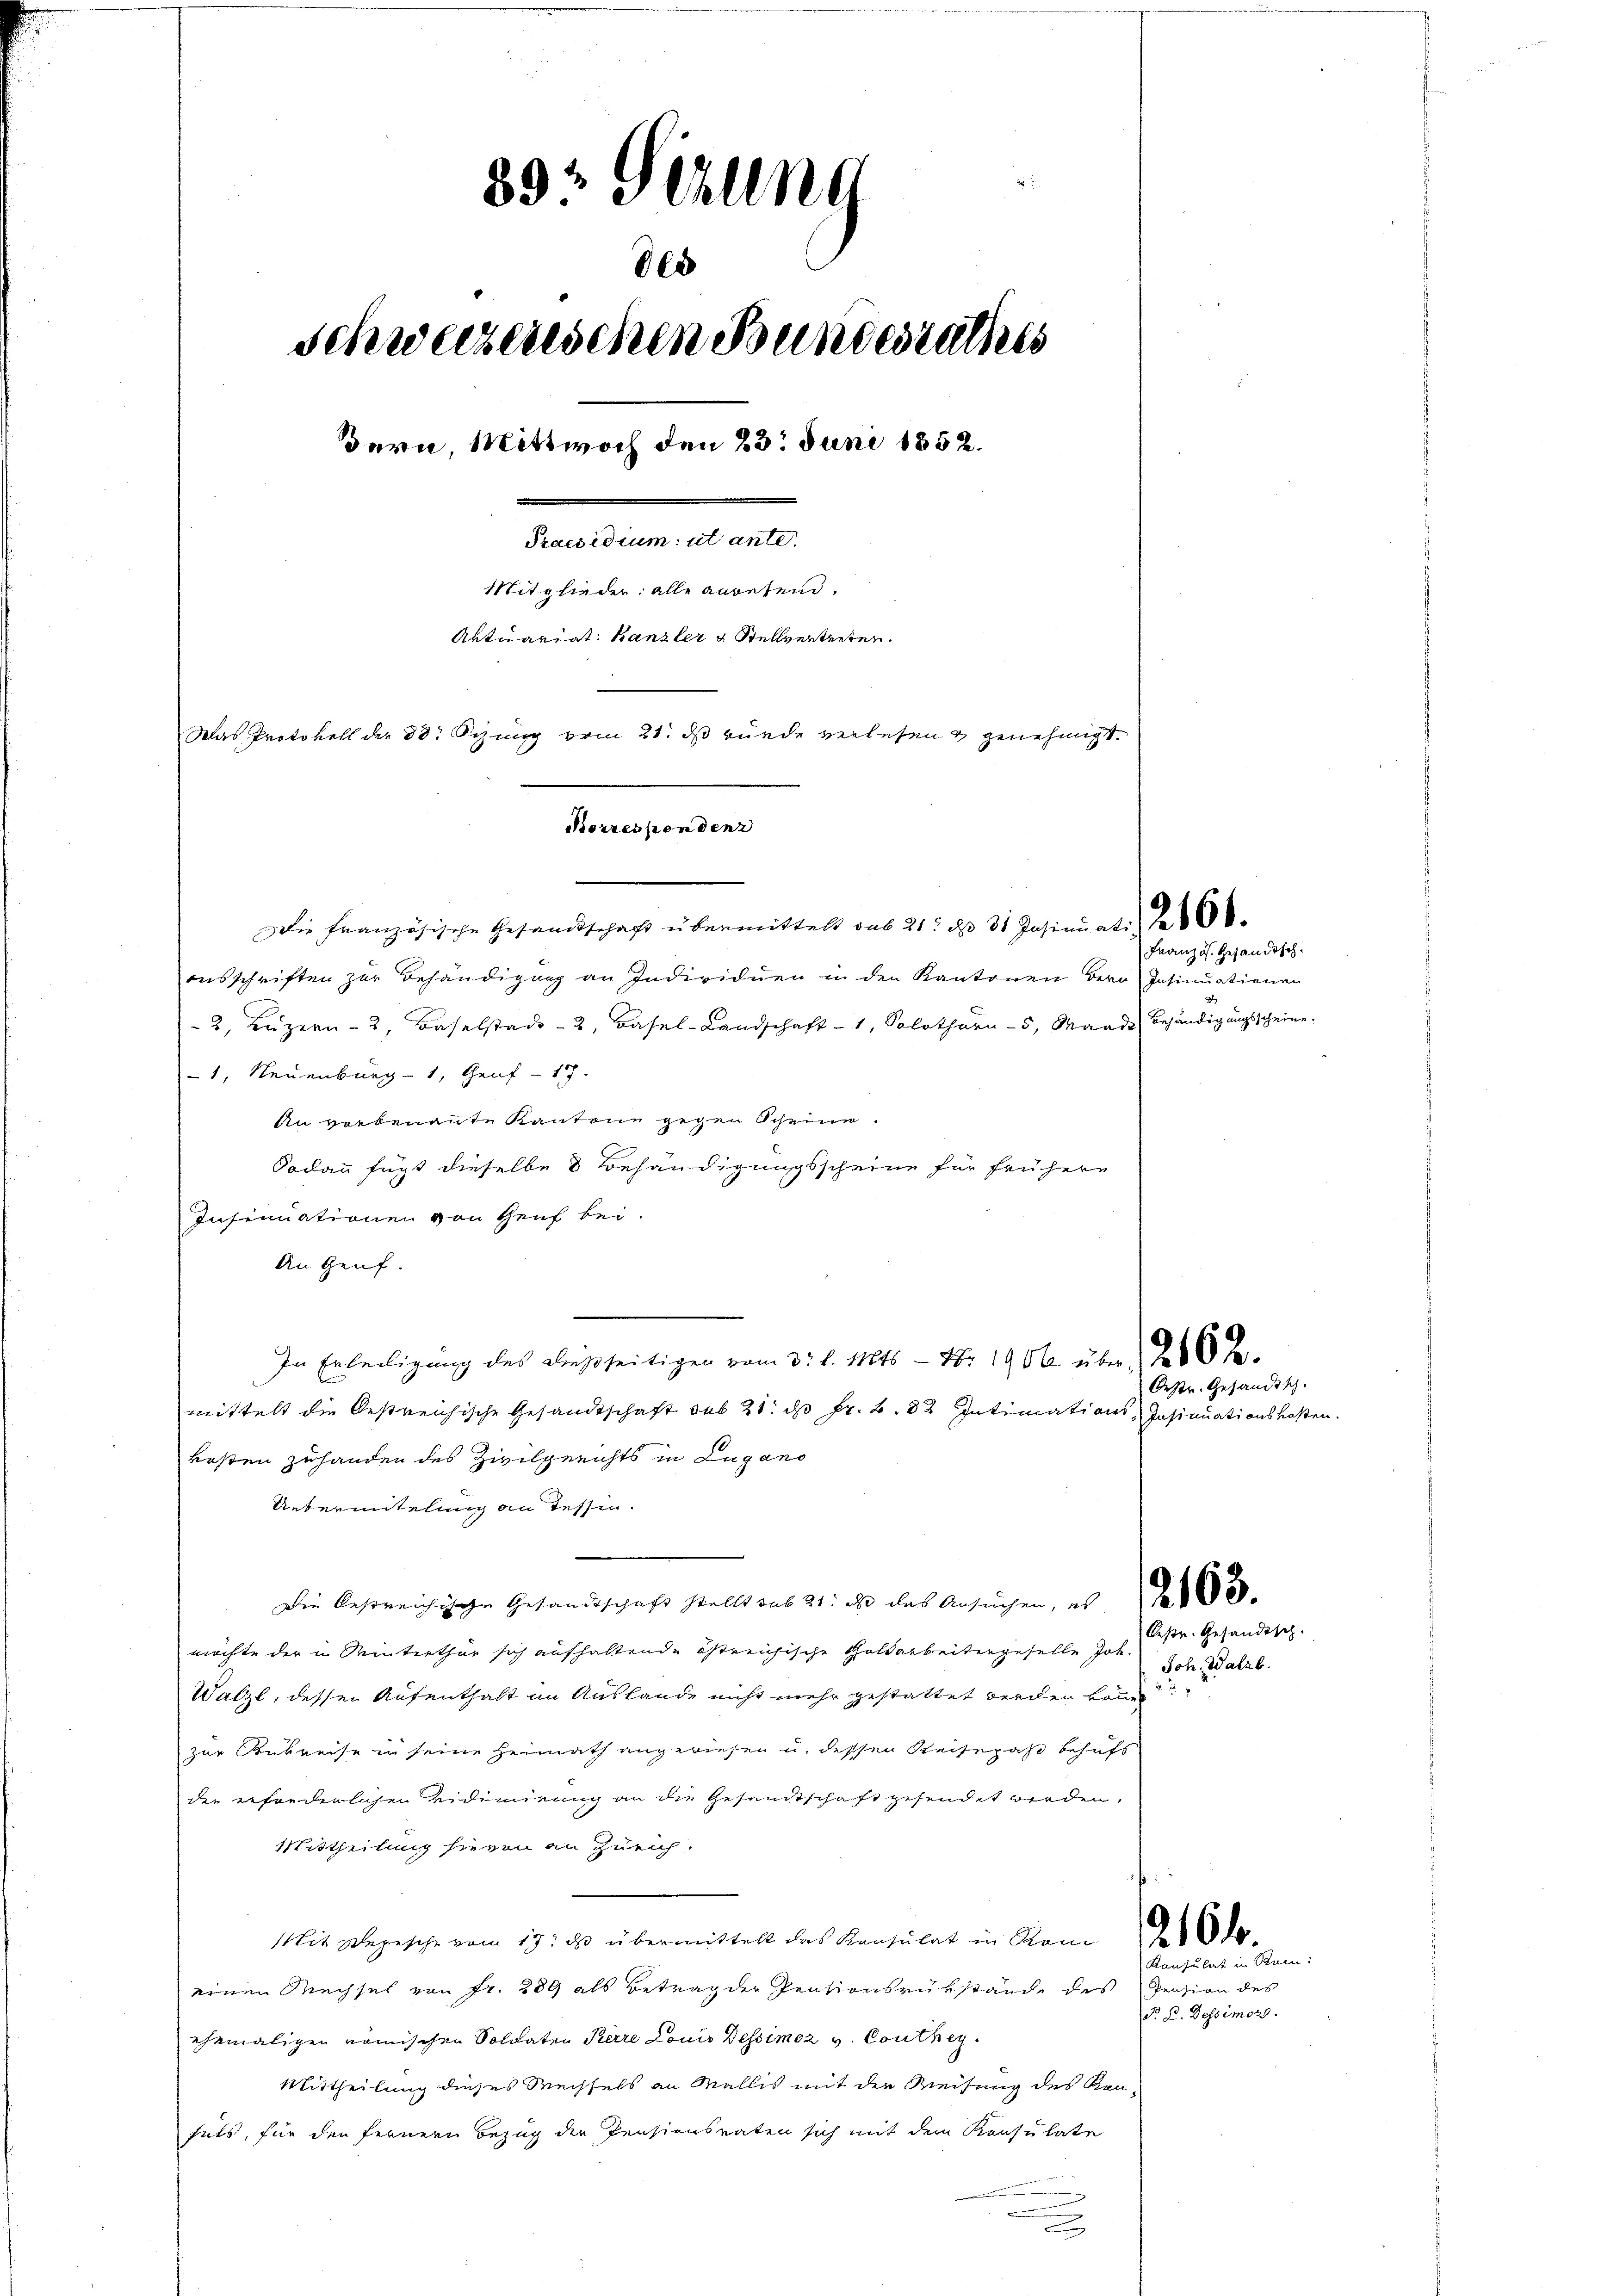
89, Gerllna
865
schweizerischen Bundesrathes
Bern, Mittwoch den 23. Juni 1852.
.
Praesidium ut ante.
Mitglieder alle anbetend.
Aktuariat Kanzler & Stellvertreten.
Das Protokoll der 30. Sizung vom 21. ds wurde verlesen & genehmigt.
Borrespondenz

Die Französische Gesandtschaft übermittelt aus 21. des 31. Insinuat. Ja 668.
ausschriften zur Behändigung an Individuen in den Kantonen Bern Insinuationen
2, Luzern 2, Baselstadt- 2, Basel-Landschaft 1, Solothurn - 5, Mande Behändigungsscheine.
1, Neuenburg - 1, Genf - 17.
An verbenannte Kantone gegen Scheine
Sodann fügt dieselbe 8 Behändigungsscheine für frühern
Insinuationen von Heuf bei.
An Genf.
In Erteiligung des dießseitigen vom 3. d. Mts. - Xbr 1904 über 20 J.
mittelt die Oestreichische Gesandtschaft sub 21. ds Fr. 6. 82 Intimations-Insinuationskosten.
kosten zuhanden des Zivilgerichts in Lugano
Uebermitelung an Tessin.
Die bestreichische Gesandtschaft stellt aus 21. das das Ansuchen, es
möchte der in Winterthur sich aufhaltende östreichische Goldarbeitengeselle Joh. Joh. Walzb.
Walze, dessen Aufenthalt im Auslande nicht mehr gestattet werden könne.
zur Rubreise in seine Heimath angwiesen u. dessen Reisepaß behufs
der erforderlichen Vidiminung an die Gesandtschaft gesendet werden,
Mittheilung hievon an Zürich.
tit sepische vom 17t ds übermittelt das Konsulat in Rom
einen Mechsel von Fr. 289 als Betrag der Pensionsrükstände des Pension des
ehemaligen römischen Soldaten Perre Louis Dessimez v. Conthey
Mittheilung dieses Wechsels an Wallis mit der Reisung des Kon-
fels, für den fernern Bezug der Pensionsraten sich mit dem Konsulate

Französ. Gesandtsch.

Oestr. Gesandtsch.

Bestr. Gesandtsch.

2

216 f.

Konsulat in Rein:
P. D. Dessimors.